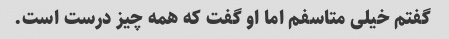
گفتم خیلی متاسفم اما او گفت که همه چیز درست است.